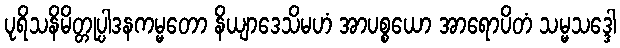
ပုရိသနိမိတ္တုပ္ပါဒနကမ္မတော နိယျာဒေသိမဟံ အာပစ္စယော အာရောပိတံ သမ္မသဒ္ဒေါ